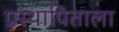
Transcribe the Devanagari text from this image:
प्रस्थापिताला